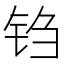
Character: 𫓮